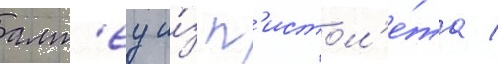
алт'еу и́з п'истол'е́та /